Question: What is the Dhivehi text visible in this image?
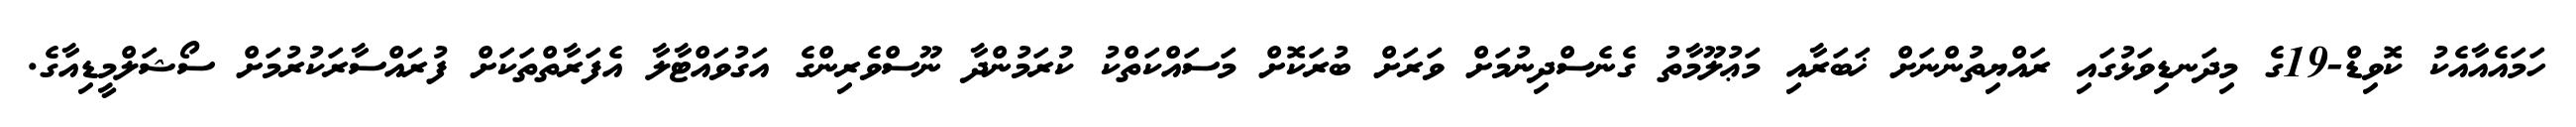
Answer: ހަމައެއާއެކު ކޮވިޑް-19ގެ މިދަނޑިވަޅުގައި ރައްޔިތުންނަށް ޚަބަރާއި މަޢުލޫމާތު ގެނެސްދިނުމަށް ވަރަށް ބުރަކޮށް މަސައްކަތްކު ކުރަމުންދާ ނޫސްވެރިންގެ އަގުވައްޓާލާ އެފަރާތްތަކަށް ފުރައްސާރަކުރުމަށް ސޯޝަލްމީޑިއާގެ.